Lunatic asylums Central Provinces reports 1886-1894 - 1886-1894
Year: 1886
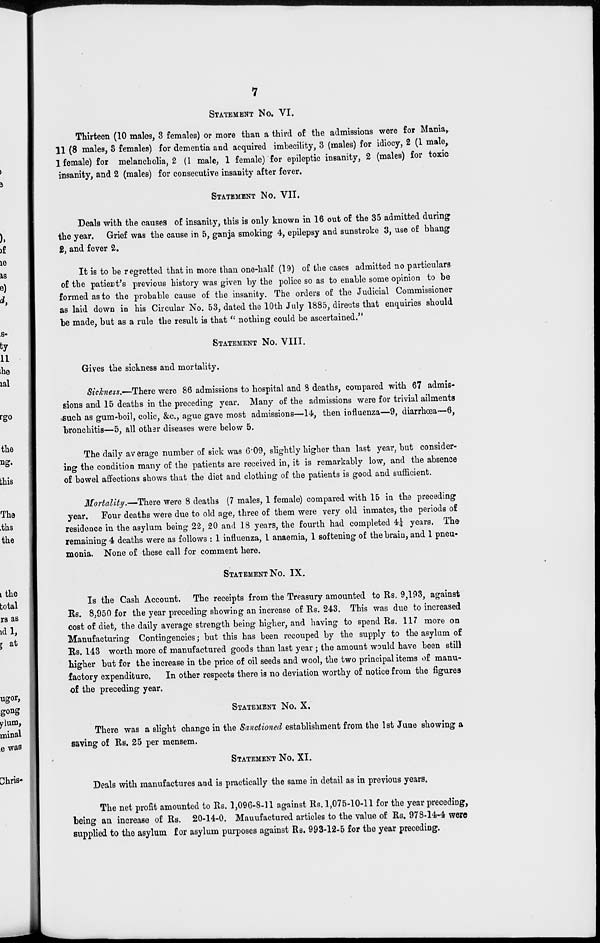
7
STATEMENT No. VI.
Thirteen (10 males, 3 females) or more than a third of the admissions were for Mania,
11 (8 males, 3 females) for dementia and acquired imbecility, 3 (males) for idiocy, 2 (1 male,
1 female) for melancholia, 2 (1 male, 1 female) for epileptic insanity, 2 (males) for toxic
insanity, and 2 (males) for consecutive insanity after fever.
STATEMENT No. VII.
Deals with the causes of insanity, this is only known in 16 out of the 35 admitted during
the year. Grief was the cause in 5, ganja smoking 4, epilepsy and sunstroke 3, use of bhang
2, and fever 2.
It is to be regretted that in more than one-half (19) of the cases admitted no particulars
of the patient's previous history was given by the police so as to enable some opinion to be
formed as to the probable cause of the insanity. The orders of the Judicial Commissioner
as laid down in his Circular No. 53, dated the 10th July 1885, directs that enquiries should
be made, but as a rule the result is that " nothing could be ascertained."
STATEMENT No. VIII.
Gives the sickness and mortality.
Sickness.—There were 86 admissions to hospital and 8 deaths, compared with 67 admis-
sions and 15 deaths in the preceding year. Many of the admissions were for trivial ailments
such as gum-boil, colic, &c., ague gave most admissions—14, then influenza—9, diarrhœa—6,
bronchitis—5, all other diseases were below 5.
The daily average number of sick was 6.09, slightly higher than last year, but consider-
ing the condition many of the patients are received in, it is remarkably low, and the absence
of bowel affections shows that the diet and clothing of the patients is good and sufficient.
Mortality.—There were 8 deaths (7 males, 1 female) compared with 15 in the preceding
year. Four deaths were due to old age, three of them were very old inmates, the periods of
residence in the asylum being 22, 20 and 18 years, the fourth had completed 4¼ years. The
remaining 4 deaths were as follows : 1 influenza, 1 anaemia, 1 softening of the brain, and 1 pneu-
monia. None of these call for comment here.
STATEMENT No. IX.
Is the Cash Account. The receipts from the Treasury amounted to Rs. 9,193, against
Rs. 8,950 for the year preceding showing an increase of Rs. 243. This was due to increased
cost of diet, the daily average strength being higher, and having to spend Rs. 117 more on
Manufacturing Contingencies; but this has been recouped by the supply to the asylum of
Rs. 143 worth more of manufactured goods than last year; the amount would have been still
higher but for the increase in the price of oil seeds and wool, the two principal items of manu-
factory expenditure.
In other respects there is no deviation worthy of notice from the figures
of the preceding year.
STATEMENT No. X.
There was a slight change in the Sanctioned establishment from the 1st June showing a
saving of Rs. 25 per mensem.
STATEMENT No. XI.
Deals with manufactures and is practically the same in detail as in previous years.
The net profit amounted to Rs. 1,096-8-11 against Rs. 1,075-10-11 for the year preceding,
being an increase of Rs. 20-14-0. Manufactured articles to the value of Rs. 978-14-4 were
supplied to the asylum for asylum purposes against Rs. 993-12-5 for the year preceding.